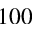
1 0 0